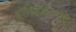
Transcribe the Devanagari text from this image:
हॉल्टिकल्चर